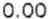
0.00